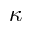
\kappa